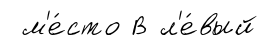
м'е́сто В л'е́вый